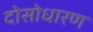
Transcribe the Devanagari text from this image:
दोसोधारण